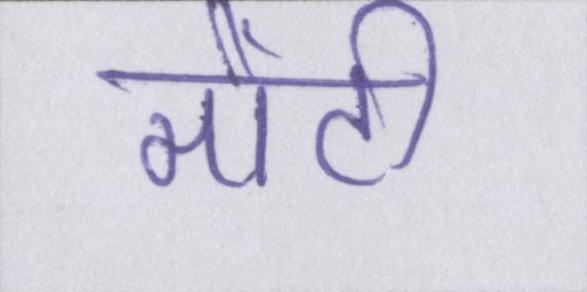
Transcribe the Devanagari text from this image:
मोंटी